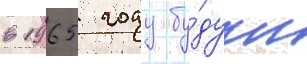
в 1965 году бу́дучи